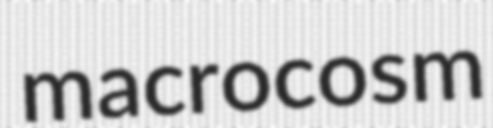
macrocosm